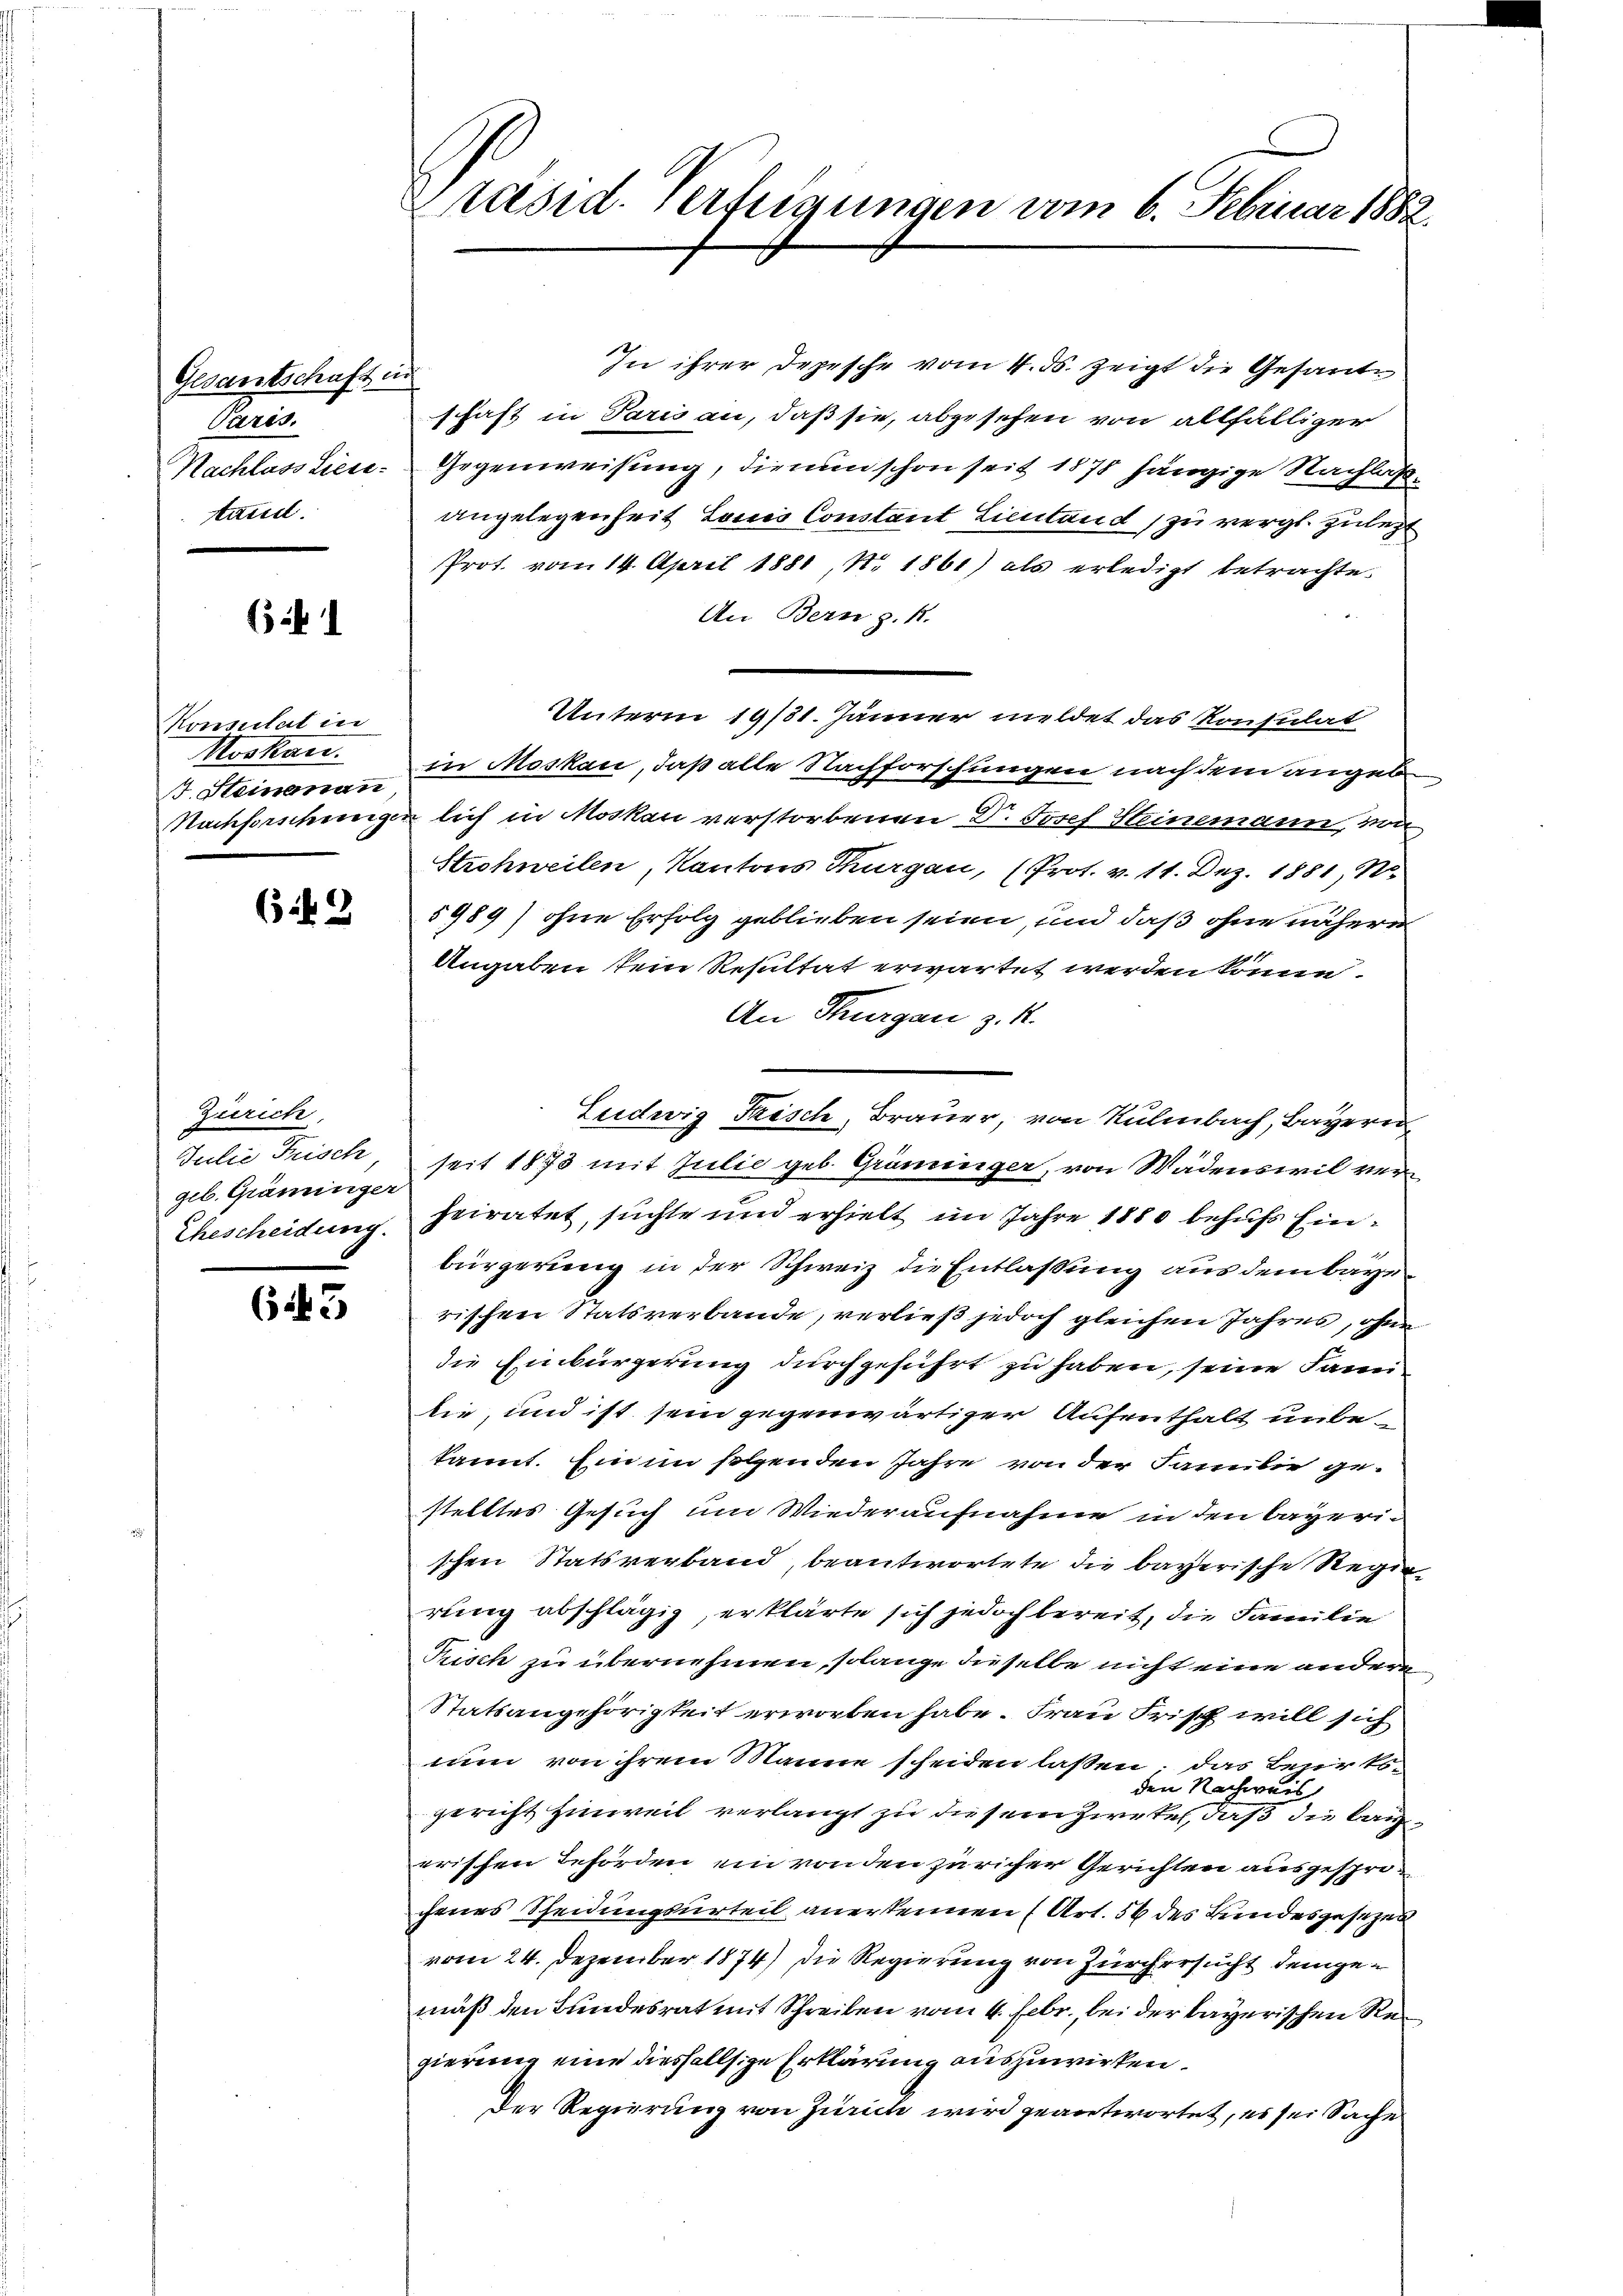
Gesantschaft in
Paris,
Nachlass Liese
tand.

1

Konsulat in
Moskau
st Steinenau

69

Zürich,
Julie Frisch,
geb. Graminiger
Ehescheidung.

643

Präsid. Verfeigungen vom 6. Februar 1882.

In ihrer Depesche vom 4. ds. zeigt die Gesante
schaft in Paris an, daß sie, abgesehen von allfälliger
Gegenweisung, dienen schon seit 1878 hängige Nachlaßangelegenheit Louis Constant Lieutand zu vergl. zuletzt
Prot. vom 14. April 1881, Nr. 1861) als erledigt betrachte.
An Bern z. R.
Unterm 19/21. Jänner meldet das Konsulat
in Moskau, daß alle Nachforschungen nach dem angeb
Nachforschungen lich in Moskau verstorbenen Dr. Josef Heinemann, von
Strohweilen, Kantons Thurgau, (Prot. v. 11. Dez. 1881, No.
5989) ohne Erfolg geblieben seien, und daß ohne nähere
Angaben sein Resultat erwartet werden könne.
An Thurgau z. R.
1
seit 1873 mit Julie geb. Grüninger, von Wädenswil verheiratet, suchte und erhielt im Jahre 1880 behufs Einbürgerung in der Schweiz die Entlassung aus dem baye
rischen Statsverbande, verließ jedoch gleichen Jahres, ohne
die Einbürgerung durchgeführt zu haben, seine Fami
lie, und ist sein gegenwärtiger Aufenthalt unbekannt. Ein im folgenden Jahre von der Familie gestelltes Gesuch um Wiederaufnahme in den bayerischen Statsverband beantwortete die bayerische Regie
rung abschlägig, erklärte sich jedoch bereit, die Familie
Prisch zu übernehmen, solange dieselbe nicht eine andere
Statsangehörigkeit erworben habe. Frau Frisch will sich
nun von ihrem Manne scheiden laßen; das Bezirks-
den Nachweis
gericht hinweil verlangt zu diesem Zwekel, daß die Bauerischen Behörden ein von den züricher Gerichten ausgesprochenes Scheidungsurteil anerkennen (Art. 56 des Bundesgesezen
vom 24. Dezember 1874) die Regierung von Zurch ersucht demgemäß den Bundesrat mit Schreiben vom 4. Febr., bei der bayerischen Regierung eine diesfallsige Erklärung auszuwirken.
Der Regierung von Zürich wird geantwortet, es sei Sache

Ludwig Frisch, Brauer, von Kulmbach, Bayern